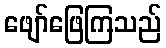
ဖျော်ဖြေကြသည်